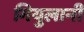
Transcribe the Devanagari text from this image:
गियुलानी